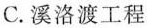
C.溪洛渡工程